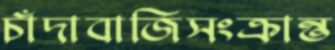
চাঁদাবাজিসংক্রান্ত